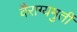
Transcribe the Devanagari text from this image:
वैराग्यमुर्ती